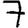
Digit: 7